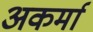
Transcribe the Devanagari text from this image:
अकर्मा